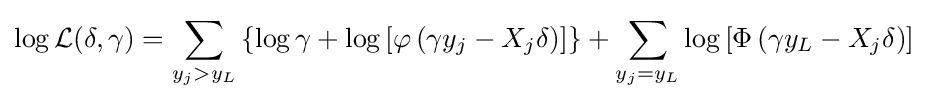
\log {\mathcal {L}}(\delta ,\gamma )=\sum _{y_{j}>y_{L}}\left\{\log \gamma +\log \left[\varphi \left(\gamma y_{j}-X_{j}\delta \right)\right]\right\}+\sum _{y_{j}=y_{L}}\log \left[\Phi \left(\gamma y_{L}-X_{j}\delta \right)\right]